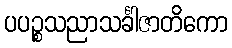
ပပဉ္စသညာသင်္ခါဇာတိကော